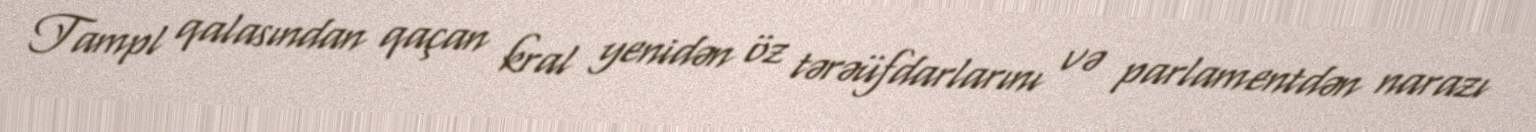
Tampl qalasından qaçan kral yenidən öz tərəüfdarlarını və parlamentdən narazı